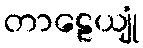
တာဠေယျုံ